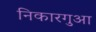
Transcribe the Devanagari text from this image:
निकारगुआ